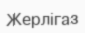
Жерлігаз